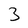
Character: 3